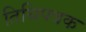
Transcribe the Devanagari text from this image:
तिथिपत्रक